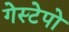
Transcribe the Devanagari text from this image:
गेस्टेपो